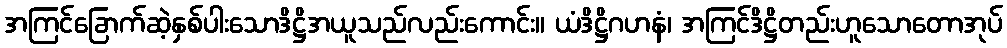
အကြင်ခြောက်ဆဲ့နှစ်ပါးသောဒိဋ္ဌိအယူသည်လည်းကောင်း။ ယံဒိဋ္ဌိဂဟနံ၊ အကြင်ဒိဋ္ဌိတည်းဟူသောတောအုပ်